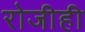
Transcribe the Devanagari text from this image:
रोजीही